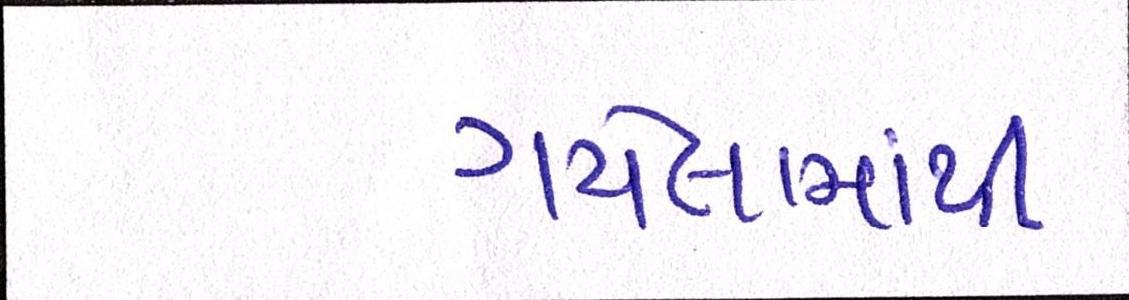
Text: ગયેલામાંથી